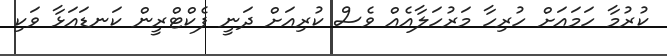
ކުރުމާ ހަމައަށް ހުރިހާ މަރުހަލާއެއް ވެސް ކުރިއަށް ދަނީ ފެކްޓްރީން ކަނޑައަޅާ ވަކި